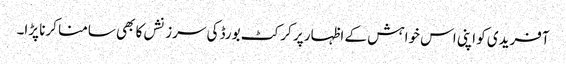
آفریدی کو اپنی اس خواہش کے اظہار پر کرکٹ بورڈ کی سرزنشں کا بھی سامنا کرنا پڑا۔